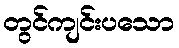
တွင်ကျင်းပသော